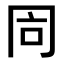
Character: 𠕑